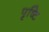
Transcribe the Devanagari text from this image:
पृष्टि